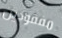
مفقودين